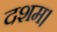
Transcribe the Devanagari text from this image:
दशम।